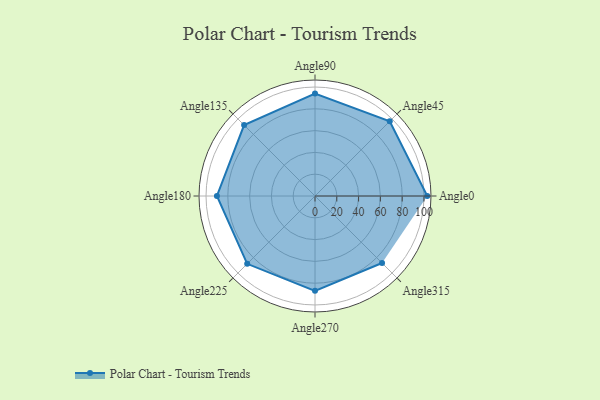
{"axis": {"x": "Angle", "y": "Radius"}, "legend": [""], "data": [{"x": "Angle0", "y": 103.0, "type": ""}, {"x": "Angle45", "y": 97.0, "type": ""}, {"x": "Angle90", "y": 94.0, "type": ""}, {"x": "Angle135", "y": 92.0, "type": ""}, {"x": "Angle180", "y": 90.0, "type": ""}, {"x": "Angle225", "y": 88.0, "type": ""}, {"x": "Angle270", "y": 87.0, "type": ""}, {"x": "Angle315", "y": 87.0, "type": ""}]}